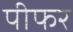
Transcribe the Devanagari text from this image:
पीफर